Annual administration report of the Civil Veterinary Department of India - 1896-1897
Year: 1896
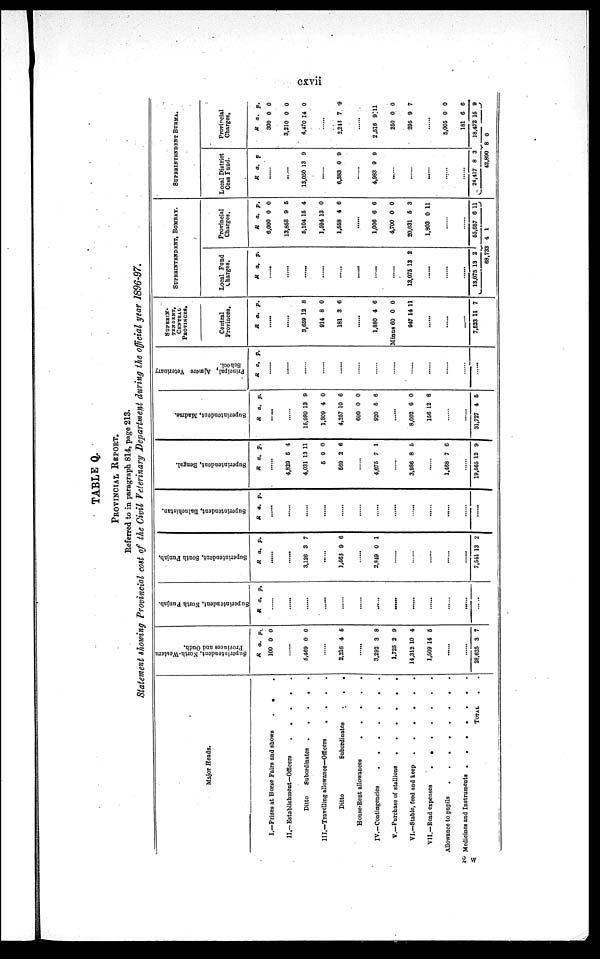
cxvii
TABLE Q.
PROVINCIAL REPORT.
Referred to in paragraph 814, page 213.
Statement showing Provincial cost of the Civil Veterinary Department during the official year 1896-97.
Major Heads.
I.—Prizes at Horse Fairs and shows
.
.
.
II.—Establishment—Officers
.
.
.
.
.
Ditto
Subordinates .
.
.
.
.
III.—Travelling allowance—Officers
.
.
.
.
Ditto
Subordinates
.
.
.
House-Rent allowances
.
.
.
.
.
IV.—Contingencies
.
.
.
.
.
.
V.—Purchase of stallions
.
.
.
.
.
VI.—Stable, feed and keep
.
.
.
.
.
.
VII.—Road expenses
.
.
.
.
.
.
Allowance to pupils
.
.
.
.
.
.
.
Medicines and Instruments .
.
.
.
.
.
.
TOTAL . .
Superintendent, North-Western
Provinces and Oudh.
R a. p.
100 0 0
6,469 0 0
2,216 4 6
3,292 3 8
1,725 2 9
14,312 10 4
1,509 14 6
......
......
28,625 3 7
Superintendent, North Punjab.
R a. p.
......
......
......
......
......
.......
......
......
......
......
......
..
Superintendent, South Punjab.
R a. p.
......
3,126 3 7
......
1,563 9 6
......
2,849 0 1
......
......
......
......
......
7,541 13 2
Superintendent, Baluchistan.
R a. p.
......
......
......
......
......
......
......
......
......
......
......
......
Superintendent, Bengal.
R a. p.
4,829 5 4
4,031 13 11
6 0 0
669 2 6
......
4,675 7 1
......
3,986 8 6
......
1,468 7 6
19,665 12 9
Superintendent, Madras.
R a. p.
......
16,980 13 9
1,809 4 0
4,257 10 6
600 0 0
920 6 6
......
8,002 6 0
156 12 8
......
......
31,727 4 6
Principal Ajmere Veterinary
School.
R a. p.
......
......
......
......
......
......
......
......
......
......
......
......
SUPBRIN-
TENDENT,
PROVINCES.
Central
Provinces.
R a. p.
......
3,659 12 8
914 8 0
181 3 6
......
1,880 4 6
Minus 60 0 0
947 14 11
......
......
7,623 11 7
SUPERINTENDENT, BOMBAY.
Local Fund
Charges.
R a. p.
......
......
......
......
......
......
......
......
13,075 13 2
......
......
......
13,075 13 2
68,733
Provincial
Charges.
R a. p.
6,000 0 0
13,858 9 5
5,104 15 4
1,594 13 0
1,558 4 6
......
1,006 6 6
4,700 0 0
20,031 6 3
1,803 0 11
......
......
55,657 6 11
4 1
SUPERINTENDENT BURMA.
Local District
Cess Fund.
R a. p
......
......
13,050 13 9
......
6,383 0 9
......
4,983 9 9
......
......
......
......
24,417 8 3
42,890
Provincial
Charges,
R a. p.
300 0 0
3,210 0 0
4,470 14 0
......
2,243 7 9
......
2,516 9111
250 0 0
295 9 7
......
5,005 0 0
181 6 6
18,472 15 9
8 0
2 W